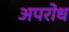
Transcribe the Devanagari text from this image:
अपरोध